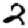
Digit: 2